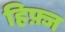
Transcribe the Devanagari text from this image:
हिफ़्ज़